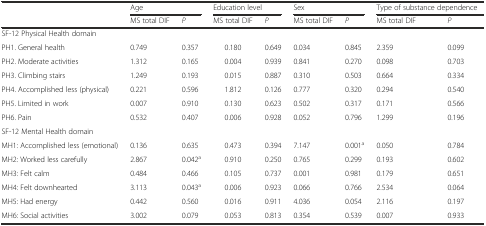
|  | <COLSPAN=2> Age | <COLSPAN=2> Education level | <COLSPAN=2> Sex | <COLSPAN=2> Type of substance dependence |
 |  | MS total DIF | P | MS total DIF | P | MS total DIF | P | MS total DIF | P |
 | --- | --- | --- | --- | --- | --- | --- | --- | --- |
 | SF-12 Physical Health domain |  |  |  |  |  |  |  |  |
 | PH1. General health | 0.749 | 0.357 | 0.180 | 0.649 | 0.034 | 0.845 | 2.359 | 0.099 |
 | PH2. Moderate activities | 1.312 | 0.165 | 0.004 | 0.939 | 0.841 | 0.270 | 0.098 | 0.703 |
 | PH3. Climbing stairs | 1.249 | 0.193 | 0.015 | 0.887 | 0.310 | 0.503 | 0.664 | 0.334 |
 | PH4. Accomplished less (physical) | 0.221 | 0.596 | 1.812 | 0.126 | 0.777 | 0.320 | 0.294 | 0.540 |
 | PH5. Limited in work | 0.007 | 0.910 | 0.130 | 0.623 | 0.502 | 0.317 | 0.171 | 0.566 |
 | PH6. Pain | 0.532 | 0.407 | 0.006 | 0.928 | 0.052 | 0.796 | 1.299 | 0.196 |
 | SF-12 Mental Health domain |  |  |  |  |  |  |  |  |
 | MH1: Accomplished less (emotional) | 0.136 | 0.635 | 0.473 | 0.394 | 7.147 | 0.001a | 0.050 | 0.784 |
 | MH2: Worked less carefully | 2.867 | 0.042a | 0.910 | 0.250 | 0.765 | 0.299 | 0.193 | 0.602 |
 | MH3: Felt calm | 0.484 | 0.466 | 0.105 | 0.737 | 0.001 | 0.981 | 0.179 | 0.651 |
 | MH4: Felt downhearted | 3.113 | 0.043a | 0.006 | 0.923 | 0.066 | 0.766 | 2.534 | 0.064 |
 | MH5: Had energy | 0.442 | 0.560 | 0.016 | 0.911 | 4.036 | 0.054 | 2.116 | 0.197 |
 | MH6: Social activities | 3.002 | 0.079 | 0.053 | 0.813 | 0.354 | 0.539 | 0.007 | 0.933 |